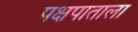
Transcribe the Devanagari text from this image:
पक्षपाताला